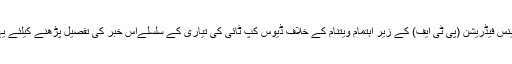
2014ء)پاکستان ٹینس فیڈریشن (پی ٹی ایف) کے زیر اہتمام ویتنام کے خلاف ڈیوس کپ ٹائی کی تیاری کے سلسلےاس خبر کی تفصیل پڑھنے کیلئے یہاں پر کلک کیجئے